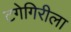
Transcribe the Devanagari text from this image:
टगेगिरीला